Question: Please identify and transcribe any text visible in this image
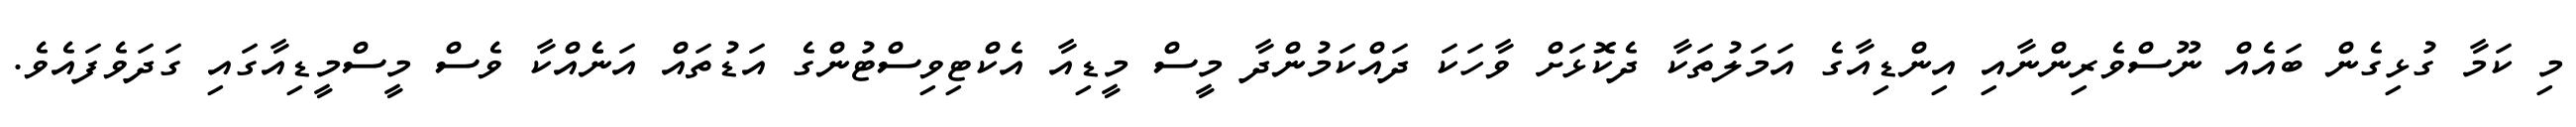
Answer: މި ކަމާ ގުޅިގެން ބައެއް ނޫސްވެރިންނާއި އިންޑިއާގެ އަމަލުތަކާ ދެކޮޅަށް ވާހަކަ ދައްކަމުންދާ މީސް މީޑިއާ އެކްޓިވިސްޓުންގެ އަޑުތައް އަނެެއްކާ ވެސް މީސްމީޑިއާގައި ގަދަވެފައެވެ.